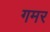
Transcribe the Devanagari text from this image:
गमर